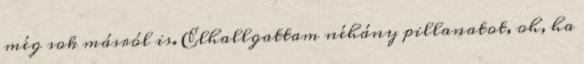
még sok másról is. Elhallgattam néhány pillanatot, oh, ha